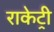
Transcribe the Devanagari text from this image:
राकेट्री